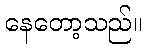
နေတော့သည်။